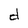
Character: d